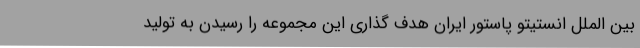
بین الملل انستیتو پاستور ایران هدف گذاری این مجموعه را رسیدن به تولید